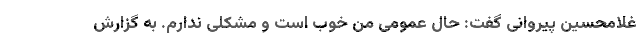
غلامحسین پیروانی گفت: حال عمومی من خوب است و مشکلی ندارم. به گزارش